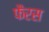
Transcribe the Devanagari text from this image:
फैरस